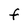
Character: F